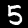
Label: 5